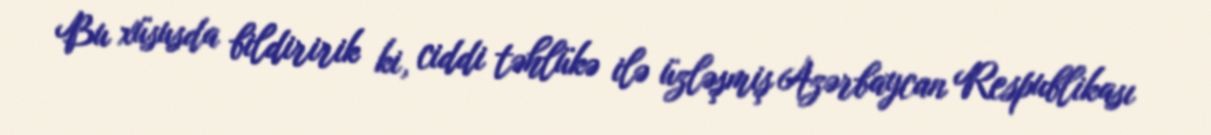
Bu xüsusda bildiririk ki, ciddi təhlükə ilə üzləşmiş Azərbaycan Respublikası